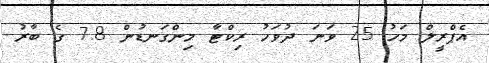
އެޕްރީލް މަހު 25 ވަނަ ދުވަހު ރިކްޓާ މިންގަނޑުން 7.8 ގެ ބާރު